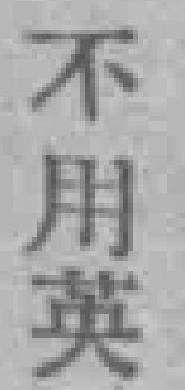
不用英